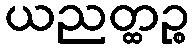
ယညတ္ထဉ္စ